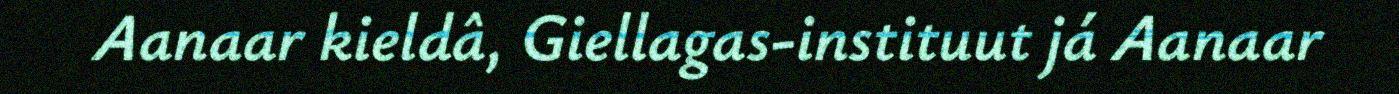
Aanaar kieldâ, Giellagas-instituut já Aanaar